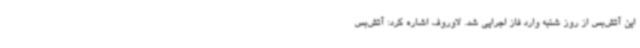
این آتش‌بس از روز شنبه وارد فاز اجرایی شد. لاوروف اشاره کرد: آتش‌بس